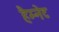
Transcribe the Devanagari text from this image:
हैम्नेट